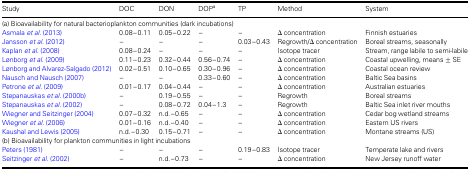
<table><thead><tr><td><b>Study</b></td><td><b>DOC</b></td><td><b>DON</b></td><td><b>DOP<sup>a</sup></b></td><td><b>TP</b></td><td><b>Method</b></td><td><b>System</b></td></tr></thead><tbody><tr><td colspan="7">(a) Bioavailability for natural bacterioplankton communities (dark incubations)</td></tr><tr><td>Asmala <i>et al.</i> (2013)</td><td>0.08–0.11</td><td>0.05–0.22</td><td>–</td><td>–</td><td>Δ concentration</td><td>Finnish estuaries</td></tr><tr><td>Jansson <i>et al.</i> (2012)</td><td>–</td><td>–</td><td>–</td><td>0.03–0.43</td><td>Regrowth/Δ concentration</td><td>Boreal streams, seasonally</td></tr><tr><td>Kaplan <i>et al.</i> (2008)</td><td>0.08–0.24</td><td>–</td><td>–</td><td>–</td><td>Isotope tracer</td><td>Stream, range labile to semi-labile</td></tr><tr><td>Lønborg <i>et al.</i> (2009)</td><td>0.11–0.23</td><td>0.32–0.44</td><td>0.56–0.74</td><td>–</td><td>Δ concentration</td><td>Coastal upwelling, means ± SE</td></tr><tr><td>Lønborg and Alvarez-Salgado (2012)</td><td>0.02–0.51</td><td>0.10–0.65</td><td>0.30–0.96</td><td>–</td><td>Δ concentration</td><td>Coastal ocean review</td></tr><tr><td>Nausch and Nausch (2007)</td><td>–</td><td>–</td><td>0.33–0.60</td><td>–</td><td>Δ concentration</td><td>Baltic Sea basins</td></tr><tr><td>Petrone <i>et al.</i> (2009)</td><td>0.01–0.17</td><td>0.04–0.44</td><td>–</td><td>–</td><td>Δ concentration</td><td>Australian estuaries</td></tr><tr><td>Stepanauskas <i>et al.</i> (2000b)</td><td>–</td><td>0.19–0.55</td><td>–</td><td>–</td><td>Regrowth</td><td>Boreal streams</td></tr><tr><td>Stepanauskas <i>et al.</i> (2002)</td><td>–</td><td>0.08–0.72</td><td>0.04–1.3</td><td>–</td><td>Regrowth</td><td>Baltic Sea inlet river mouths</td></tr><tr><td>Wiegner and Seitzinger (2004)</td><td>0.07–0.32</td><td>n.d.–0.65</td><td>–</td><td>–</td><td>Δ concentration</td><td>Cedar bog wetland streams</td></tr><tr><td>Wiegner <i>et al.</i> (2006)</td><td>0.01–0.16</td><td>n.d.–0.40</td><td>–</td><td>–</td><td>Δ concentration</td><td>Eastern US rivers</td></tr><tr><td>Kaushal and Lewis (2005)</td><td>n.d.–0.30</td><td>0.15–0.71</td><td>–</td><td>–</td><td>Δ concentration</td><td>Montane streams (US)</td></tr><tr><td colspan="7">(b) Bioavailability for plankton communities in light incubations</td></tr><tr><td>Peters (1981)</td><td>–</td><td>–</td><td>–</td><td>0.19–0.83</td><td>Isotope tracer</td><td>Temperate lake and rivers</td></tr><tr><td>Seitzinger <i>et al.</i> (2002)</td><td>–</td><td>n.d.–0.73</td><td>–</td><td>–</td><td>Δ concentration</td><td>New Jersey runoff water</td></tr></tbody></table>